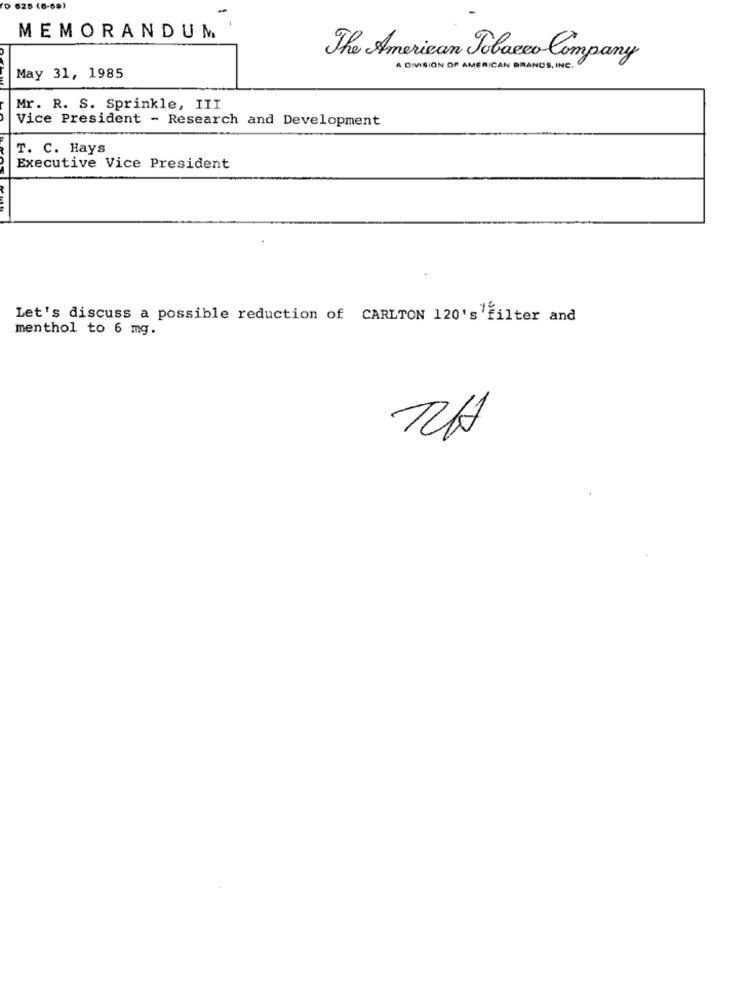
625 (6-69)
MEMORANDUM
The American Tobacco Company
A DIVISION OF AMERICAN BRANDS, INC.
May 31, 1985
Mr. R. S. Sprinkle, III
Vice President - Research and Development
T. C. Hays
Executive Vice President
Let's discuss a possible reduction of CARLTON 120's filter and
menthol to 6 mg.
TH